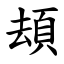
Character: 䪺